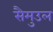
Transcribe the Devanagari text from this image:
सैमुउल